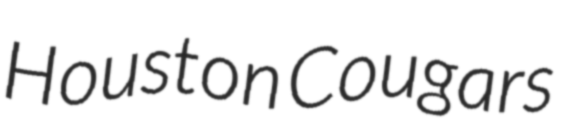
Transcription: Houston Cougars